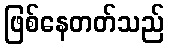
ဖြစ်နေတတ်သည်